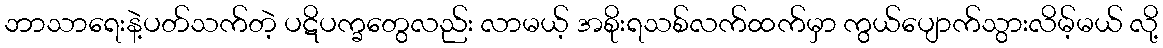
ဘာသာရေးနဲ့ပတ်သက်တဲ့ ပဋိပက္ခတွေလည်း လာမယ့် အစိုးရသစ်လက်ထက်မှာ ကွယ်ပျောက်သွားလိမ့်မယ် လို့